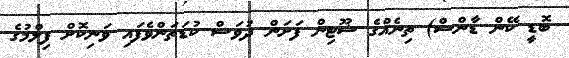
ބޮޑީ ކޭން ޑާންސް) ތިނެއްގެ ޝޫޓިން ފަށަން ދުވަސް ކުޑަތަންވެފައި ވަނިކޮށް ފިލްމުގެ